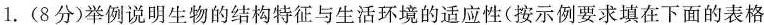
1.(8分)举例说明生物的结构特征与生活环境的适应性(按示例要求填在下面的表格